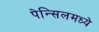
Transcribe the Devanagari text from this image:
पेन्सिलमध्ये